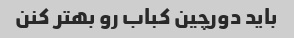
باید دورچین کباب رو بهتر کنن